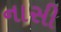
નાસી